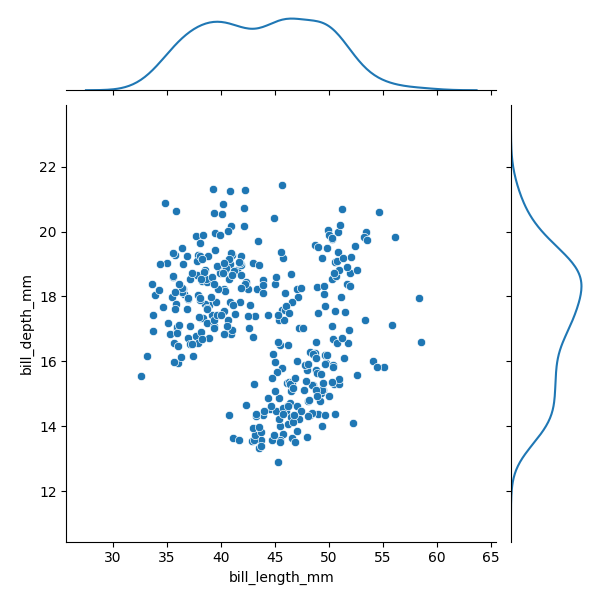
python, seaborn, JointGrid, scatterplot, kdeplot